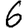
Digit: 6